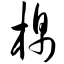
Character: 棉